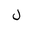
Letter: _lam